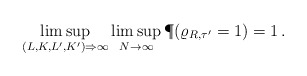
\begin{align*}\limsup_{(L,K,L',K') \Rightarrow \infty} \limsup_{N \rightarrow \infty } \P(\varrho_{R, \tau'} = 1) = 1\,.\end{align*}